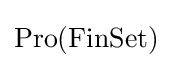
\operatorname {Pro} (\operatorname {FinSet} )